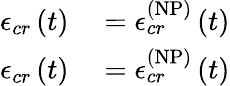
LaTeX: \begin{array}{rl}{\mathcal{\epsilon}_{cr}\left(t\right)}&{{}=\mathcal{\epsilon}_{cr}^{\left(\mathrm{NP}\right)}\left(t\right)}\\ {\mathcal{\epsilon}_{cr}\left(t\right)}&{{}=\mathcal{\epsilon}_{cr}^{\left(\mathrm{NP}\right)}\left(t\right)}\end{array}